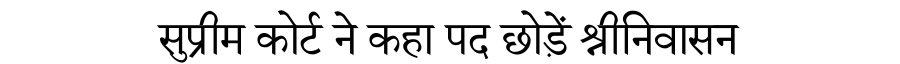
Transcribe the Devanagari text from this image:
सुप्रीम कोर्ट ने कहा पद छोड़ें श्रीनिवासन